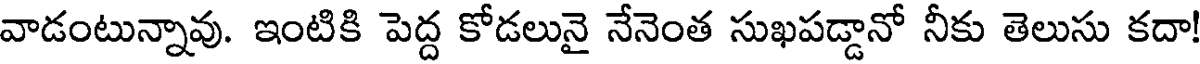
వాడంటున్నావు. ఇంటికి పెద్ద కోడలునై నేనెంత సుఖపడ్డానో నీకు తెలుసు కదా